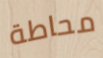
محاطة